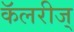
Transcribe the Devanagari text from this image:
कॅलरीज्‌